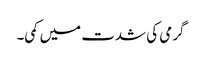
گرمی کی شدت میں کمی۔